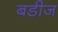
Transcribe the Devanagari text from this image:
बडीज